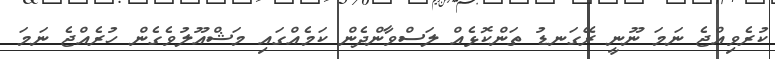
ކުރެވިއްޖެ ނަމަ ނޫނީ ރޭގަނޑު ތަންކޮޅެއް ލަސްވާންދެން ކަމެއްގައި މަޝްއޫލުވެގެން ހުރެއްޖެ ނަމަ